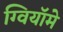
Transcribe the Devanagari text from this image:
ग्वियॉमे